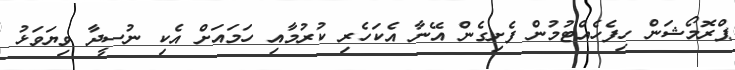
ޕްރޮމޯޝަން ހިފެހެއްޓުމުން ފެށިގެން އޭނާ އެކަހެރި ކުރުމާއި ހަމައަށް އެކި ނުސީދާ ވިޔަވަޅު